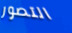
التصور